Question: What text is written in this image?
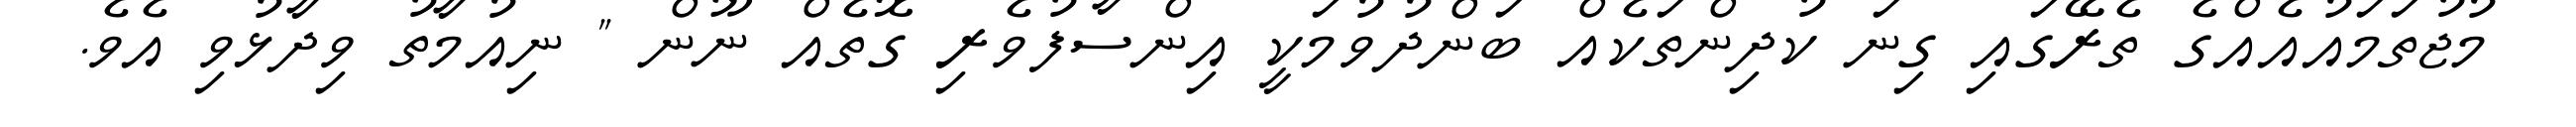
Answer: މުޖުތަމައުއެއްގެ ތެރޭގައި ގިނަ ކުދިންތަކެއް ބަންދުވުމަކީ އިންސާފުވެރި ގޮތެއް ނޫން " ނިއުމާތު ވިދާޅުވި އެވެ.